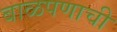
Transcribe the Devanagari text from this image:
बाळपणाची